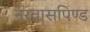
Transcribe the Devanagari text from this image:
नरवासपिण्ड